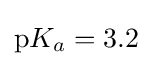
\mathrm {p} K_{a}=3.2